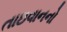
તાઇવાનનો